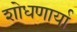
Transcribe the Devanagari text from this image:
शोधणार्या